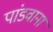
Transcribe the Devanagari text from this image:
पांडवाना